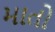
માતો